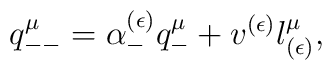
q^\mu_{--}=\alpha^{(\epsilon)}_- q^\mu_- +v^{(\epsilon)}l^\mu_{(\epsilon)},